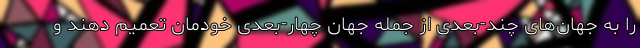
را به جهان‌های چند-بعدی از جمله جهان چهار-بعدی خودمان تعمیم دهند و